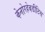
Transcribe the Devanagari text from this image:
केनोरहेबडीटिस